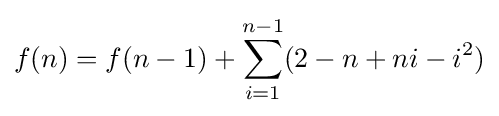
f(n)=f(n-1)+\sum _{i=1}^{n-1}(2-n+ni-i^{2})